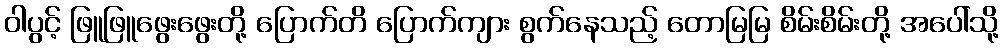
ဝါပွင့် ဖြူဖြူဖွေးဖွေးတို့ ပြောက်တိ ပြောက်ကျား စွက်နေသည့် တောမြမြ စိမ်းစိမ်းတို့ အပေါ်သို့